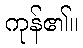
ကုန်၏။